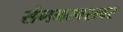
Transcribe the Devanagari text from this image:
संगमरवरावर